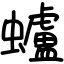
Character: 蠦